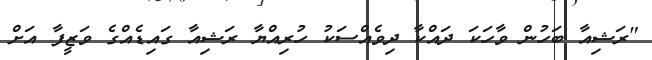
"ރަޝިއާ ބަހުން ވާހަކަ ދައްކާ ދިވެއްސަކު ހުރިއްޔާ ރަޝިއާ ގައިޑެއްގެ ވަޒީފާ އަށް